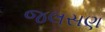
જલસણ